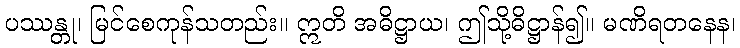
ပဿန္တု၊ မြင်စေကုန်သတည်း။ ဣတိ အဓိဋ္ဌာယ၊ ဤသို့ဓိဋ္ဌာန်၍။ မဏိရတနေန၊